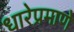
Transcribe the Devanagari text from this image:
धारेप्रमाणे